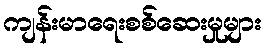
ကျန်းမာရေးစစ်ဆေးမှုများ